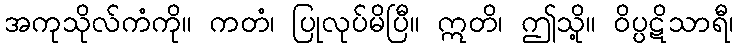
အကုသိုလ်ကံကို။ ကတံ၊ ပြုလုပ်မိပြီ။ ဣတိ၊ ဤသို့။ ဝိပ္ပဋိသာရီ၊